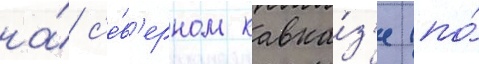
на́ с'е́в'ерном кавка́з'е (по́